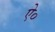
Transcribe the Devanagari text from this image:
ऐ०